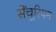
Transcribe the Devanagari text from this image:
सेंचूरियन